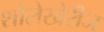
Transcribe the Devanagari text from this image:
शोलेखेरीज